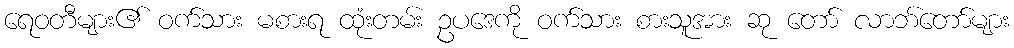
ရေဝတီများ၏ ဝက်သား မစားရ ထုံးတမ်း ဥပဒေကို ဝက်သား စားသူအား ဆု တော် လာဘ်တော်များ